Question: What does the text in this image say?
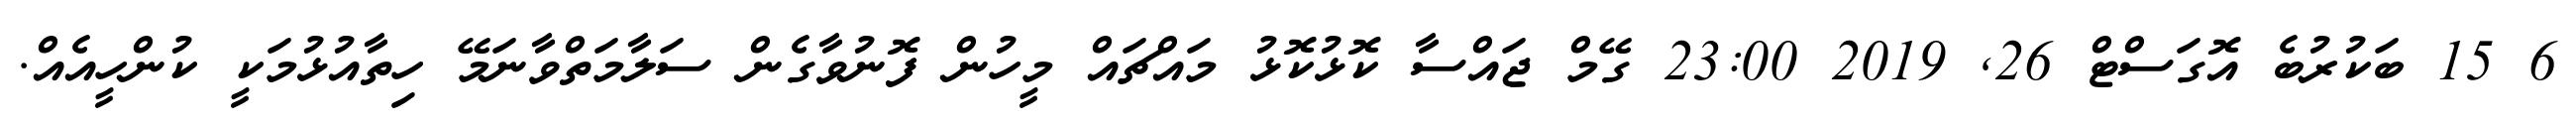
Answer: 6 15 ބަކުރުބެ އޮގަސްޓް 26, 2019 23:00 ގޭމް ޖައްސާ ކޮޅުކޮޅު މައްޗައް މީހުން ފޮނުވާގެން ސަލާމަތްވާނަމޭ ހިތާއުޅުމަކީ ކުންހީއެއް.